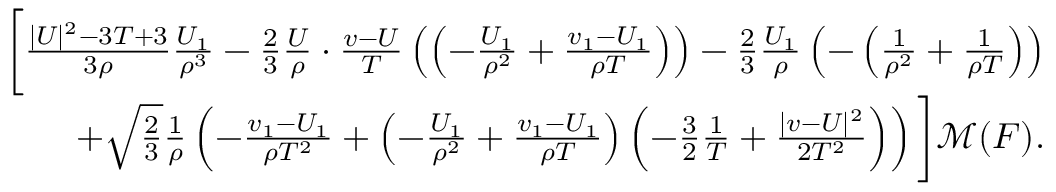
\begin{array} { r } { \bigg [ \frac { | U | ^ { 2 } - 3 T + 3 } { 3 \rho } \frac { U _ { 1 } } { \rho ^ { 3 } } - \frac { 2 } { 3 } \frac { U } { \rho } \cdot \frac { v - U } { T } \left( \left( - \frac { U _ { 1 } } { \rho ^ { 2 } } + \frac { v _ { 1 } - U _ { 1 } } { \rho T } \right) \right) - \frac { 2 } { 3 } \frac { U _ { 1 } } { \rho } \left( - \left( \frac { 1 } { \rho ^ { 2 } } + \frac { 1 } { \rho T } \right) \right) } \\ { + \sqrt { \frac { 2 } { 3 } } \frac { 1 } { \rho } \left( - \frac { v _ { 1 } - U _ { 1 } } { \rho T ^ { 2 } } + \left( - \frac { U _ { 1 } } { \rho ^ { 2 } } + \frac { v _ { 1 } - U _ { 1 } } { \rho T } \right) \left( - \frac { 3 } { 2 } \frac { 1 } { T } + \frac { | v - U | ^ { 2 } } { 2 T ^ { 2 } } \right) \right) \bigg ] \mathcal { M } ( F ) . } \end{array}